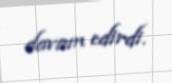
davam edirdi.